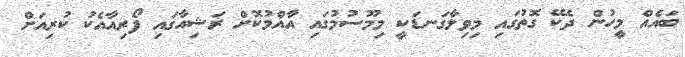
ބައެއް މީހުން ދެކޭ ގޮތުގައި މިވިލާގަނޑަކީ މިމޫސުމުގައި އާއްމުކޮށް ރަޝިއާގައި ފޯރިއާއެކު ކުރިއަށް